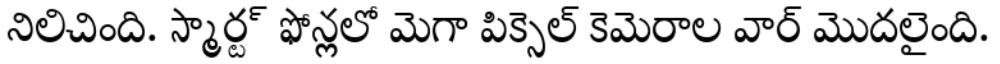
నిలిచింది. స్మార్ట్ ఫోన్లలో మెగా పిక్సెల్ కెమెరాల వార్ మొదలైంది.